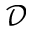
\mathcal { D }